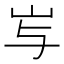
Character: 𱛇